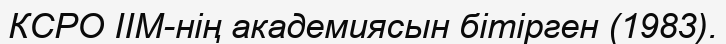
КСРО ІІМ-нің академиясын бітірген (1983).